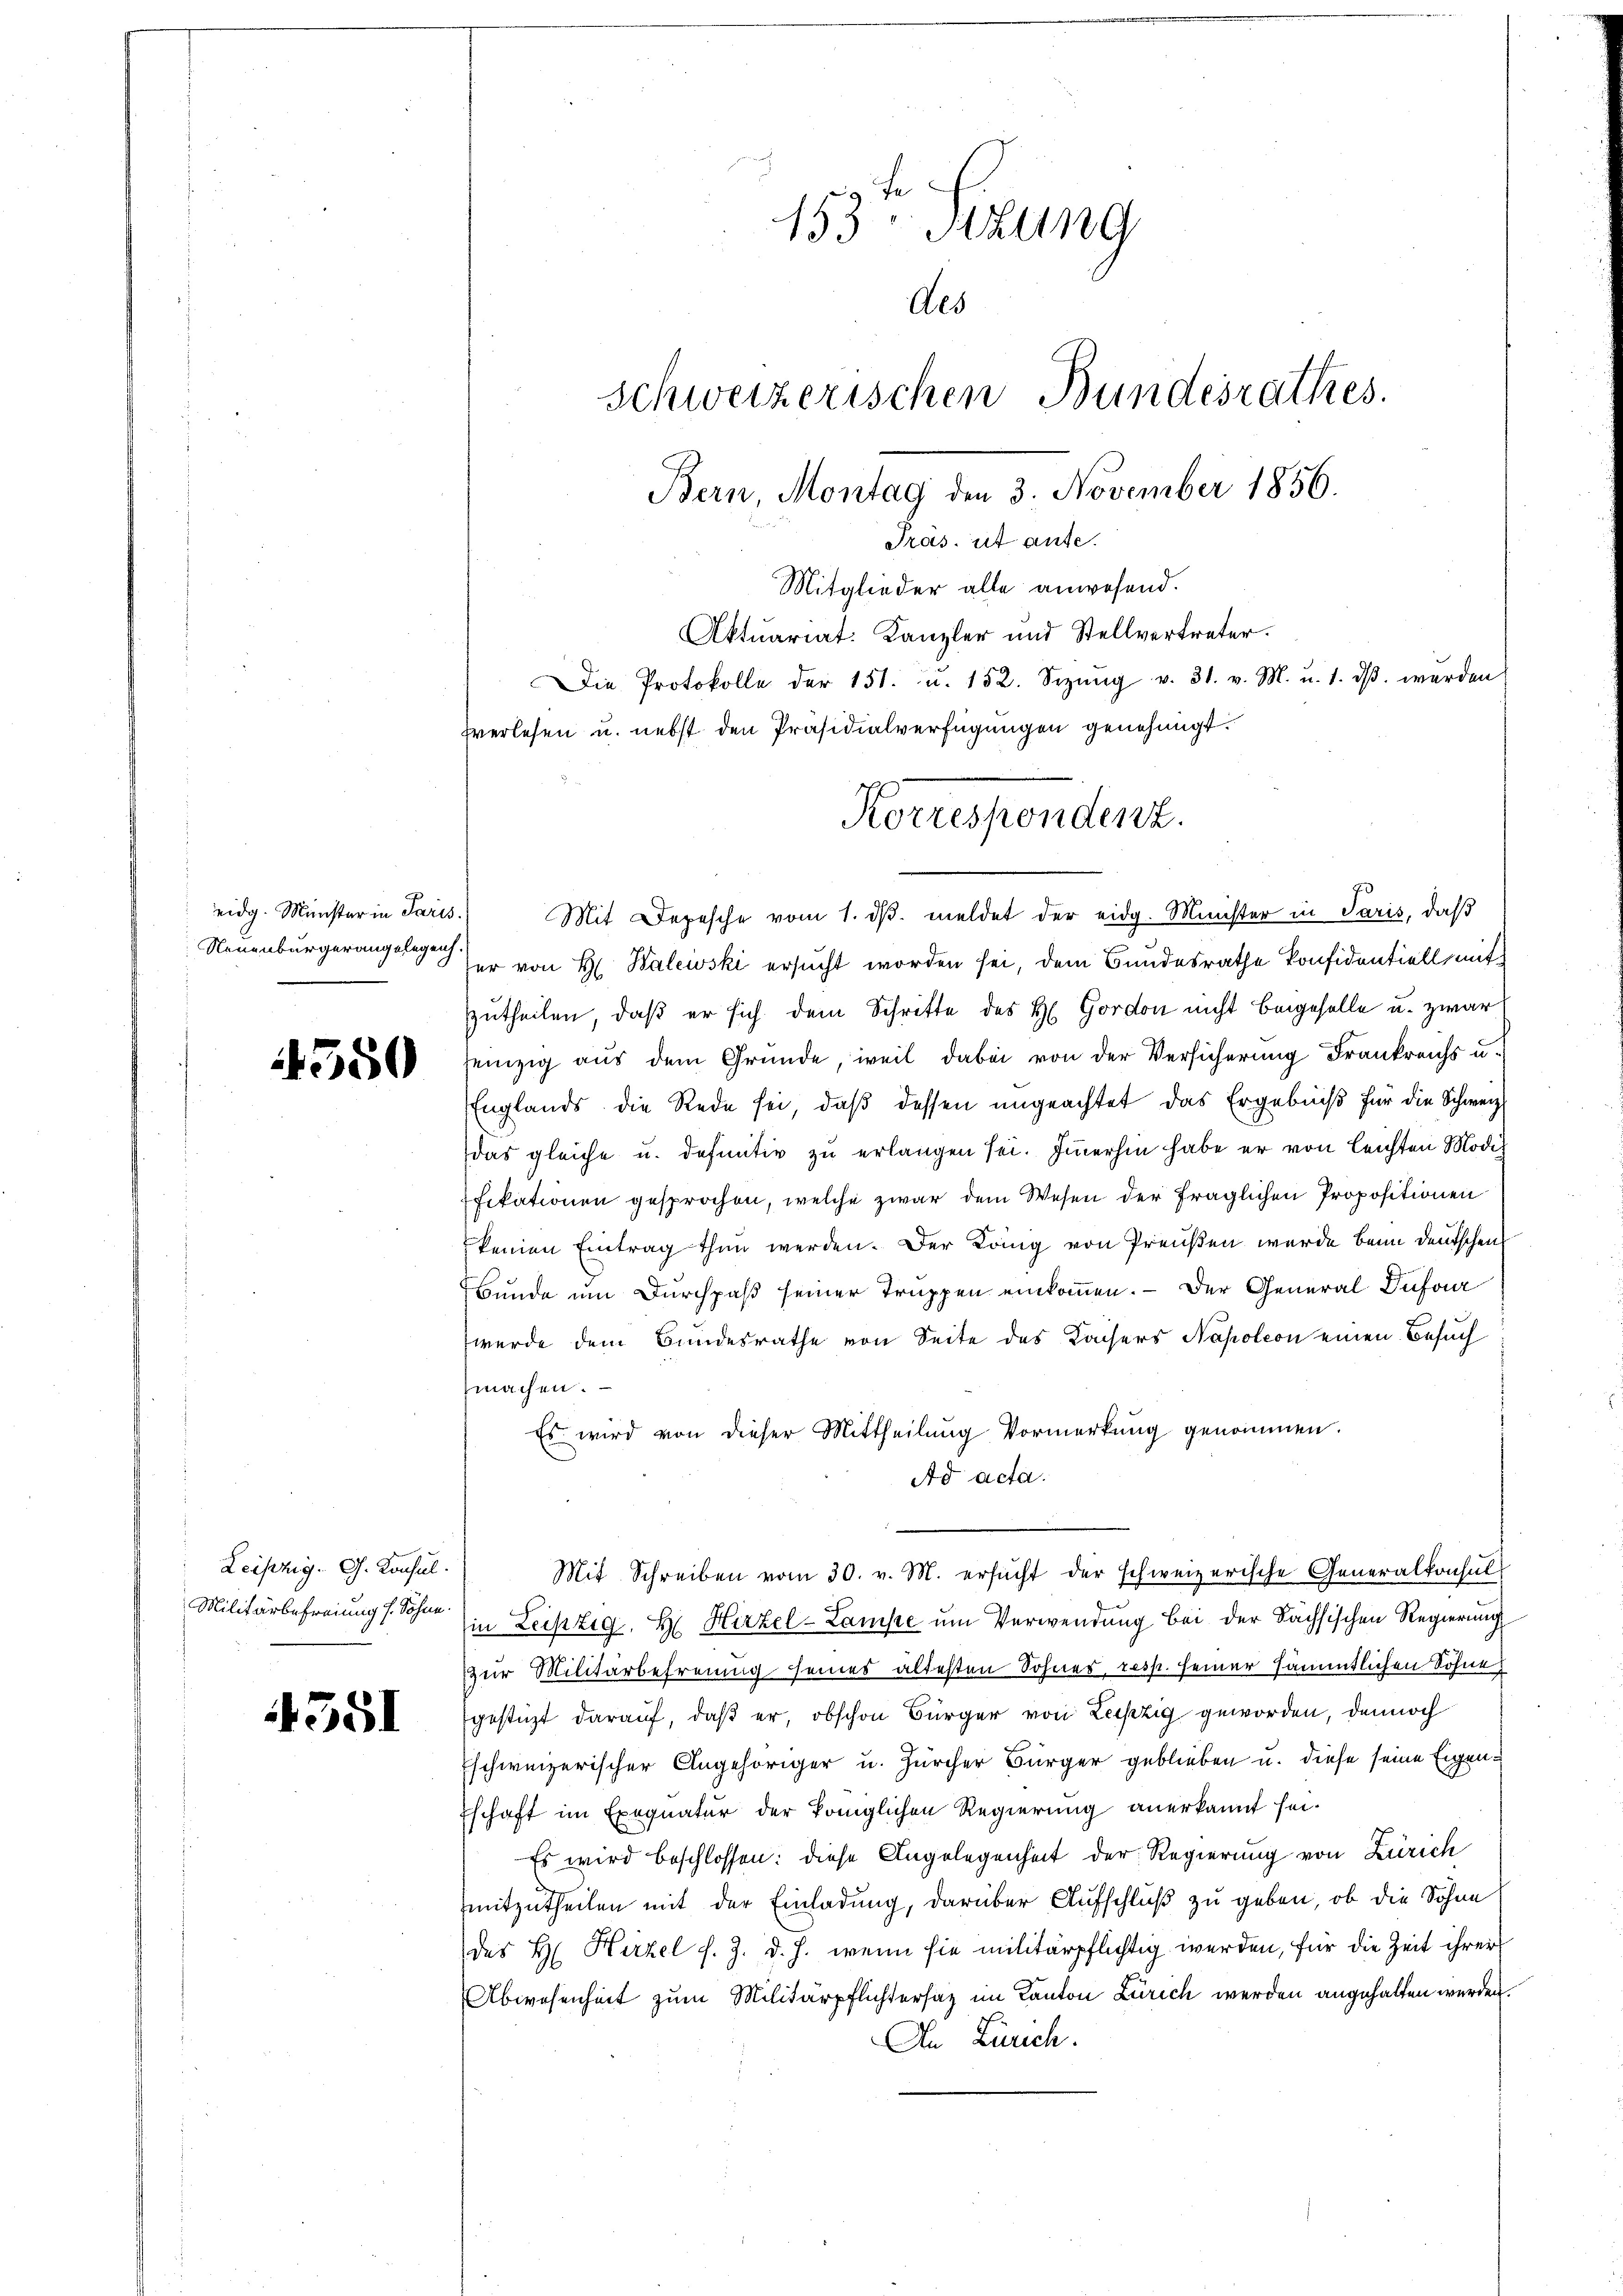
eidg. Münster in Paris.
Neuenburgerangelegen.

4550

Leipzig. G. Konsul
Militärbefreiung s. Sohne.

4551

153 Szung
Als
schweizerischen Bundesrathes.
Bern, Montag den 3. November 1856.
Pras. ut ause.
Mitglieder alle anwesend.
Aktuariat. Kanzler und Stellvertreter.
Die Protokolle der 151. u. 152. Sezŭng v. 31. v. M. u. 1. dβ. werden
fverlesen u. nebst den Präsidialverfügungen genehmigt.

Korrespondenz.

Mit Depesche vom 1. dβ. meldet der eidg. Münster in Paris, daß
er von H. Walewski ersucht worden sei, dem Bundesrathe konfidentiell mit
zutheilen, daß er sich dem Schritte des H. Gordon nicht beigeselle u. zwar
einzig aus dem Gründe, weil dabei von der Versicherung Frankreichs u.
Englands die Rede sei, daß dessen ungeachtet das Ergebniß für die Schwer
das gleiche u. definitiv zu erlangen sei. Immerhin habe er von leichten Modif
fikationen gesprochen, welche zwar dem Wesen der fraglichen Propositionen
keinen Eintrag thun werden. Der König von Preußen wurde beim Deutschen
Bunde um Durchpaß seiner Truppen einkommen. — Der General Dufour
werde dem Bundesrathe von Seite des Kaisers Napoleon einen Besuch
machen.
Es wird von dieser Mittheilung Vormerkung genommen.
Ad acta.
Mit Schreiben vom 30. v. M. ersucht der schweizerische Generalkonsul
in Leipzig, H. Hirzel-Lampe um Verwendung bei der Sachsischen Regierung
zur Militärbefreuung seines ältesten Sohnes, resp. seiner sämmtlichen Söhne
gestüzt darauf, daß er obschon Bürger von Leipzig geworden, dennoch
Eschweizerischer Angehöriger u. Zürcher Bürger geblieben u. diese seine Eigen¬
Eschaft im Exequatur der Königlichen Regierung anerkannt sei.
Es wird beschlossen: diese Angelegenheit der Regierung von Zürich
mitzutheilen mit der Einladung, darüber Aufschluß zu geben, ob die Sohne
des H. Hirzel s. Z. d. J. wenn sie militärpflichtig werden, für die Zeit ihrer
Abwesenheit zum Militärpflichtersatz im Kanton Zürich werden angehalten werden.
An Zürich.